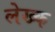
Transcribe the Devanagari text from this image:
लेख्क